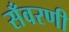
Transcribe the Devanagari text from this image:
सँवरणी